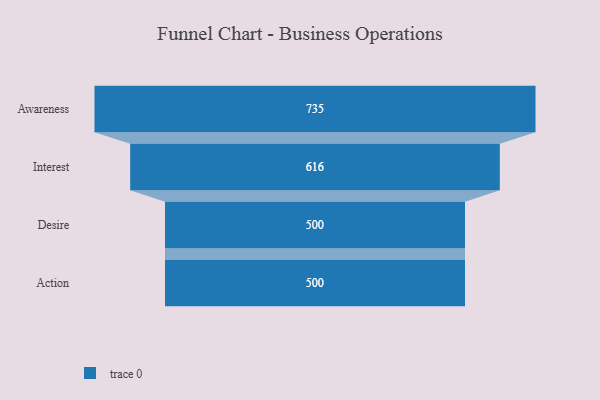
{"axis": {"x": "Stage", "y": "Value"}, "legend": [""], "data": [{"x": "Awareness", "y": 735.0, "type": ""}, {"x": "Interest", "y": 616.0, "type": ""}, {"x": "Desire", "y": 500, "type": ""}, {"x": "Action", "y": 500, "type": ""}]}